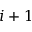
i + 1